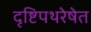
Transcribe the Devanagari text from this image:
दृष्टिपथरेषेत